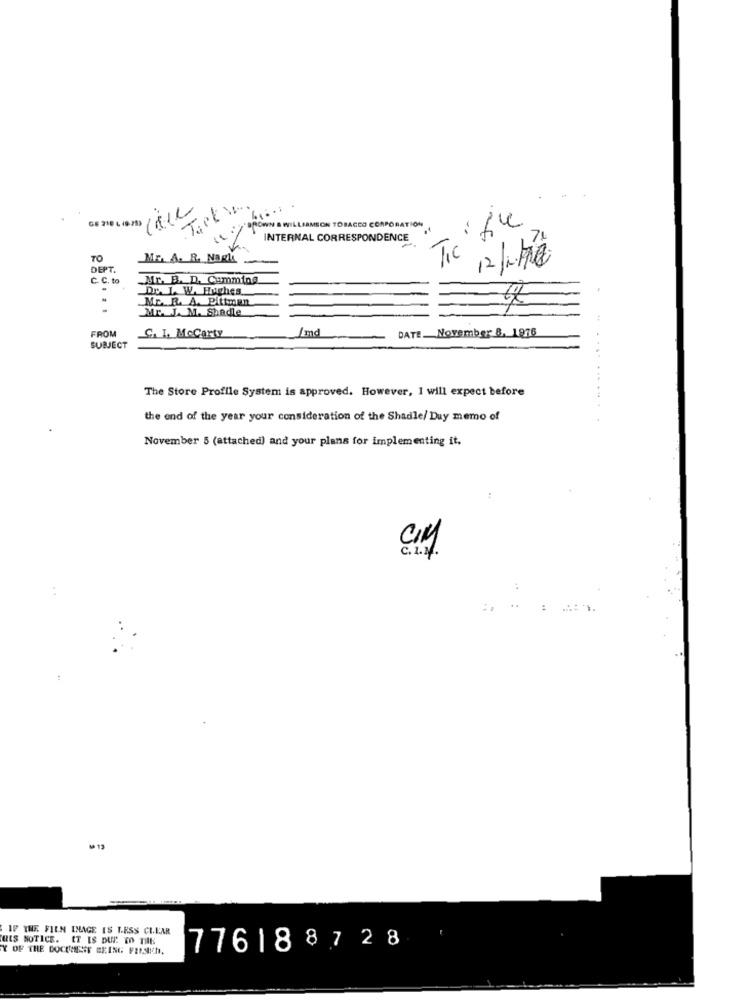
Tack \
Tic file
BROWN & WILLIAMSON TOBACCO CORPORATION
INTERNAL CORRESPONDENCE
TO
Mr. A. R. Nagle
DEPT.
C. C. to
Mr. B. D. Cumming
D. I. W. Hughes
ME. R. A. Pitman
Mr. J. M. Shadie
FROM
Imd
DATE. November 8, 1976
G. 1, McCarty
SUBJECT
The Store Profile System is approved. However, I will expect before
the end of the year your consideration of the Shadle/ Duy memo of
November 5 (attached) and your plans for implementing it.
:.
IF THE FILM INAGE IS LESS CLEAR
HIS NOTICE. IT IS DUE TO THE
Y OF THE DOCUMENT BEING FRASICH.
776188728